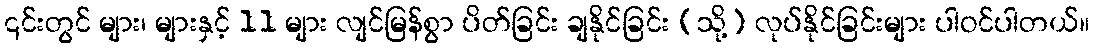
၎င်းတွင် များ၊ များနှင့် 11 များ လျင်မြန်စွာ ပိတ်ခြင်း ချနိုင်ခြင်း (သို့) လုပ်နိုင်ခြင်းများ ပါဝင်ပါတယ်။